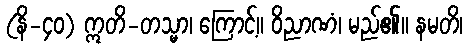
(နိ-၄၀) ဣတိ-တသ္မာ၊ ကြောင့်။ ဝိညာဏံ၊ မည်၏။ နမတိ၊